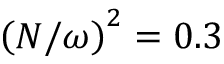
\left( N / \omega \right) ^ { 2 } = 0 . 3